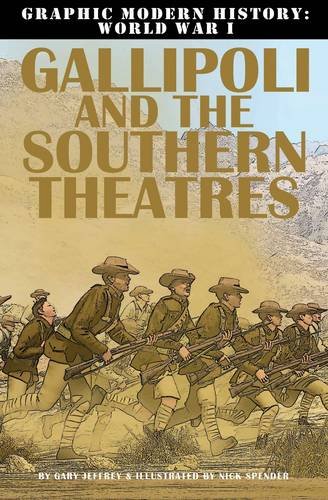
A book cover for Gallipoli and the Southern Theaters (Graphic Modern History: World War I (Crabtree)); Gary Jeffrey; Children's Books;